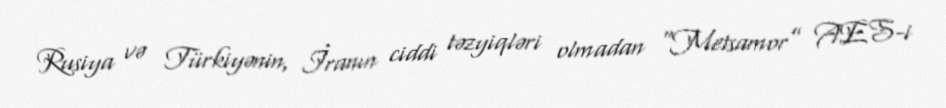
Rusiya və Türkiyənin, İranın ciddi təzyiqləri olmadan “Metsamor” AES-i